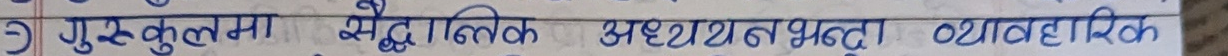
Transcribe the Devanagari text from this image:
१) गुरुकुलम सैद्धान्तिक अध्ययन भन्दा व्यावहारिक